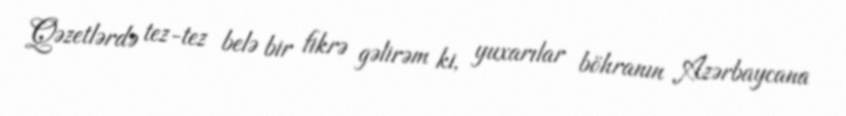
Qəzetlərdə tez-tez belə bir fikrə gəlirəm ki, yuxarılar böhranın Azərbaycana